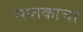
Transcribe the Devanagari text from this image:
सप्तकाचा